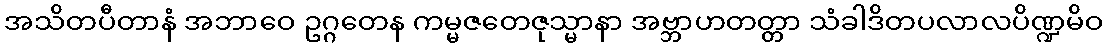
အသိတပီတာနံ အဘာဝေ ဥဂ္ဂတေန ကမ္မဇတေဇုသ္မာနာ အဗ္ဘာဟတတ္တာ သံခါဒိတပလာလပိဏ္ဍမိဝ